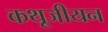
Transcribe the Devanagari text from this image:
कथूजीयन